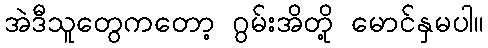
အဲဒီသူတွေကတော့ ဂွမ်းအိတို့ မောင်နှမပါ။